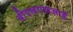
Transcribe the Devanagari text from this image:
बीएलएसआई